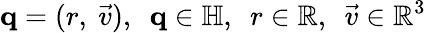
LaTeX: \mathbf{q}=(r,\ {\vec{v}}),~~\mathbf{q}\in\mathbb{H},~~r\in\mathbb{R},~~{\vec{v}}\in\mathbb{R}^{3}